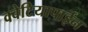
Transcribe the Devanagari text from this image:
क्वेटियापाईन